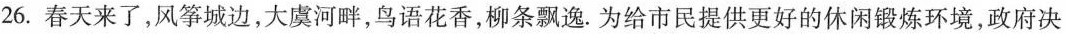
26.春天来了，风筝城边，大虞河畔，鸟语花香，柳条飘逸。为给市民提供更好的休闲锻炼环境，政府决